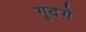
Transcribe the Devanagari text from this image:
गुदगे